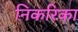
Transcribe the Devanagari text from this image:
निकरिका